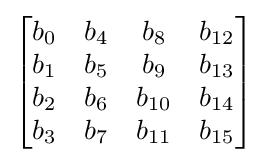
{\begin{bmatrix}b_{0}&b_{4}&b_{8}&b_{12}\\b_{1}&b_{5}&b_{9}&b_{13}\\b_{2}&b_{6}&b_{10}&b_{14}\\b_{3}&b_{7}&b_{11}&b_{15}\end{bmatrix}}